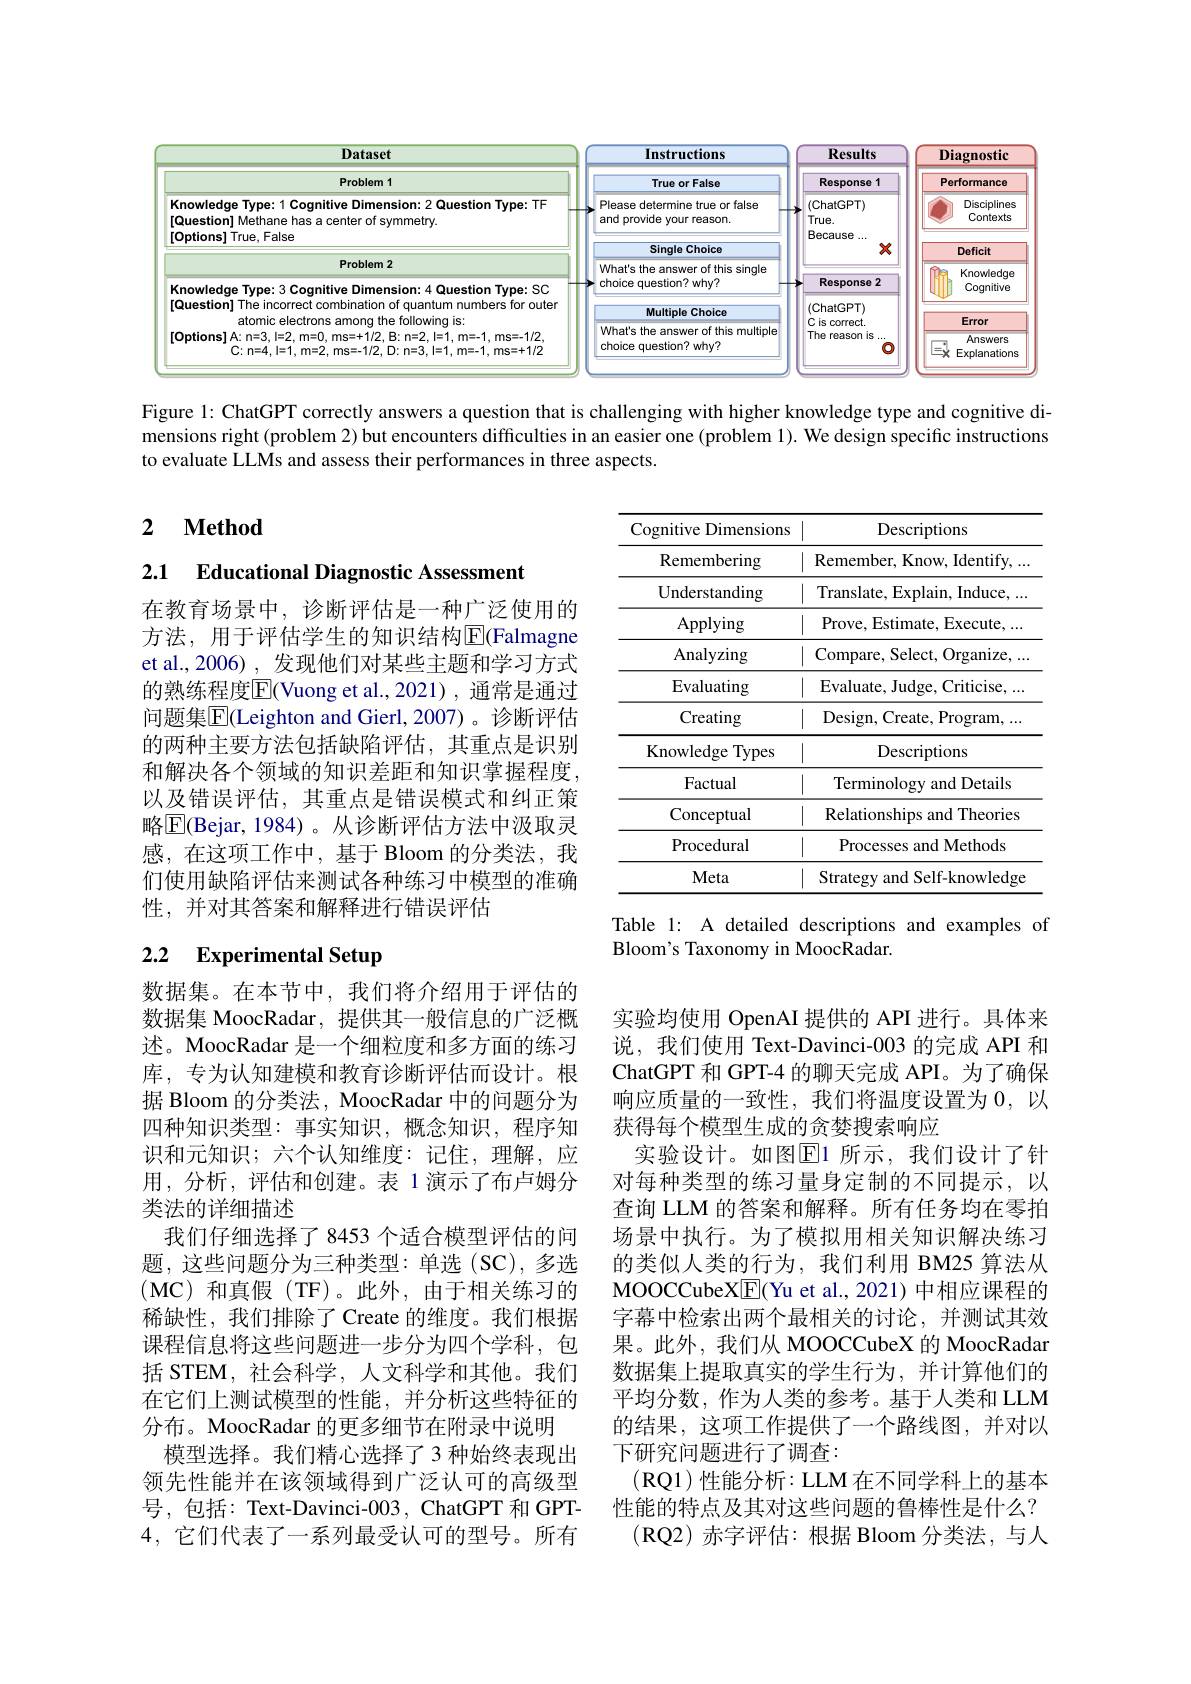
<FigureHere>

Figure 1: ChatGPT correctly answers a question that is challenging with higher knowledge type and cognitive dimensions right (problem 2) but encounters difficulties in an easier one (problem 1). We design specific instructions to evaluate LLMs and assess their performances in three aspects.

## 2 $\textbf{Method}$

2.1 $\textbf{Educational Diagnostic Assessment}$

<table>
	<tbody>
		<tr>
			<th>Cognitive Dimensions</th>
			<th>Descriptions</th>
		</tr>
		<tr>
			<td>Remembering</td>
			<td>Remember, Know, Identify, . . . </td>
		</tr>
		<tr>
			<td>Understanding</td>
			<td>Translate, Explain, Induce, ...</td>
		</tr>
		<tr>
			<td>$\operatorname{Applying}$</td>
			<td>Prove, Estimate, Execute, ...</td>
		</tr>
		<tr>
			<td>Analyzing</td>
			<td>Compare, Select, Organize, . . . </td>
		</tr>
		<tr>
			<td>Evaluating</td>
			<td>Evaluate, Judge, Criticise, . . . </td>
		</tr>
		<tr>
			<td>Creating</td>
			<td>Design, Create, Program, </td>
		</tr>
		<tr>
			<td>Knowledge e Types ,</td>
			<td>Descriptions</td>
		</tr>
		<tr>
			<td>Factual</td>
			<td>Terminology and Details</td>
		</tr>
		<tr>
			<td>Conceptual</td>
			<td>Relationships and Theories</td>
		</tr>
		<tr>
			<td>Procedural</td>
			<td>Processes and Methods</td>
		</tr>
		<tr>
			<td>Meta</td>
			<td>Strategy and Self-knowledge</td>
		</tr>
	</tbody>
</table>

在教育场景中，诊断评估是一种广泛使用的方法，用于评估学生的知识结构$\overline{\mathrm{E}}($Falmagne et al.,2006),发现他们对某些主题和学习方式的熟练程度$\overline{\mathbb{E}}($Vuong et al.,2021), 通常是通过问题集$\overline{\mathrm{E}}($Leighton and Gierl,2007)。诊断评估的两种主要方法包括缺陷评估，其重点是识别和解决各个领域的知识差距和知识掌握程度， 以及错误评估，其重点是错误模式和纠正策略$\boxed{\mathrm{E}}$(Bejar,1984)。从诊断评估方法中汲取灵感，在这项工作中，基于 Bloom 的分类法，我们使用缺陷评估来测试各种练习中模型的准确性，并对其答案和解释进行错误评估

Table 1: A detailed descriptions and examples of
Bloom's Taxonomy in MoocRadar.

# 2.2 Experimental Setup

数据集。在本节中，我们将介绍用于评估的数据集 MoocRadar, 提供其一般信息的广泛概述。MoocRadar 是一个细粒度和多方面的练习库，专为认知建模和教育诊断评估而设计。根据 Bloom 的分类法，MoocRadar 中的问题分为四种知识类型：事实知识，概念知识，程序知识和元知识；六个认知维度：记住，理解，应用，分析，评估和创建。表 1 演示了布卢姆分类法的详细描述
我们仔细选择了 8453 个适合模型评估的问题，这些问题分为三种类型：单选(SC),多选$(\mathbf{MC})$和真假 (TF)。此外，由于相关练习的稀缺性，我们排除了 Create 的维度。我们根据课程信息将这些问题进一步分为四个学科，包括 STEM, 社会科学，人文科学和其他。我们在它们上测试模型的性能，并分析这些特征的分布。MoocRadar 的更多细节在附录中说明
模型选择。我们精心选择了 3 种始终表现出领先性能并在该领域得到广泛认可的高级型号，包括：Text-Davinci-003, ChatGPT 和 GPT- 4,它们代表了一系列最受认可的型号。所有

实验均使用 OpenAI 提供的 API 进行。具体来说，我们使用 Text-Davinci-003 的完成 API 和ChatGPT 和 GPT-4 的聊天完成 API。为了确保响应质量的一致性，我们将温度设置为0，以获得每个模型生成的贪婪搜索响应
实验设计。如图$\overline{\mathrm{E}}$1 所示，我们设计了针对每种类型的练习量身定制的不同提示，以查询 LLM 的答案和解释。所有任务均在零拍场景中执行。为了模拟用相关知识解决练习的类似人类的行为，我们利用 BM25 算法从MOOCCubeX$\boxed{\mathrm{F}}$(Yu et al., 2021) 中相应课程的字幕中检索出两个最相关的讨论，并测试其效果。此外，我们从 MOOCCubeX 的 MoocRadar 数据集上提取真实的学生行为，并计算他们的平均分数，作为人类的参考。基于人类和 LLM 的结果，这项工作提供了一个路线图，并对以下研究问题进行了调查：
(RQ1)性能分析：LLM在不同学科上的基本性能的特点及其对这些问题的鲁棒性是什么？
(RQ2)赤字评估：根据 Bloom 分类法，与人